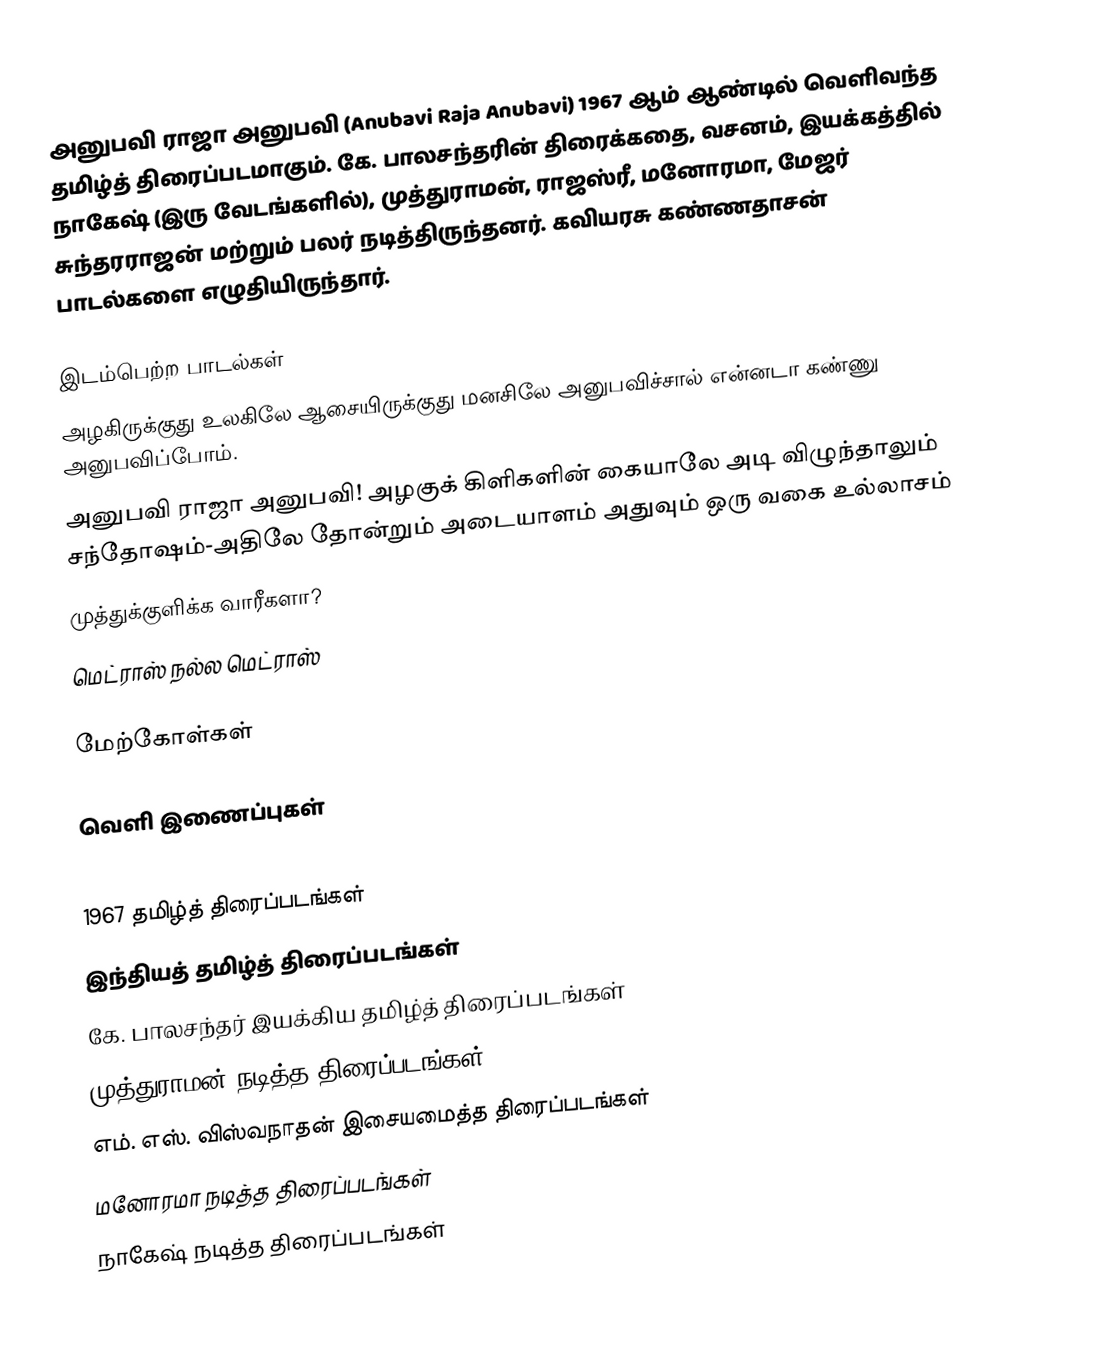
அனுபவி ராஜா அனுபவி (Anubavi Raja Anubavi) 1967 ஆம் ஆண்டில் வெளிவந்த தமிழ்த் திரைப்படமாகும். கே. பாலசந்தரின் திரைக்கதை, வசனம், இயக்கத்தில் நாகேஷ் (இரு வேடங்களில்), முத்துராமன், ராஜஸ்ரீ, மனோரமா, மேஜர் சுந்தரராஜன் மற்றும் பலர் நடித்திருந்தனர். கவியரசு கண்ணதாசன் பாடல்களை எழுதியிருந்தார்.

இடம்பெற்ற பாடல்கள்
அழகிருக்குது உலகிலே ஆசையிருக்குது மனசிலே அனுபவிச்சால் என்னடா கண்ணு அனுபவிப்போம்.
அனுபவி ராஜா அனுபவி! அழகுக் கிளிகளின் கையாலே அடி விழுந்தாலும் சந்தோஷம்-அதிலே தோன்றும் அடையாளம் அதுவும் ஒரு வகை உல்லாசம்
முத்துக்குளிக்க வாரீகளா?
மெட்ராஸ் நல்ல மெட்ராஸ்

மேற்கோள்கள்

வெளி இணைப்புகள்

1967 தமிழ்த் திரைப்படங்கள்
இந்தியத் தமிழ்த் திரைப்படங்கள்
கே. பாலசந்தர் இயக்கிய தமிழ்த் திரைப்படங்கள்
முத்துராமன் நடித்த திரைப்படங்கள்
எம். எஸ். விஸ்வநாதன் இசையமைத்த திரைப்படங்கள்
மனோரமா நடித்த திரைப்படங்கள்
நாகேஷ் நடித்த திரைப்படங்கள்